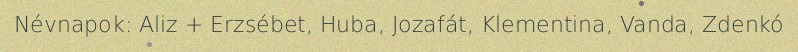
Névnapok: Aliz + Erzsébet, Huba, Jozafát, Klementina, Vanda, Zdenkó